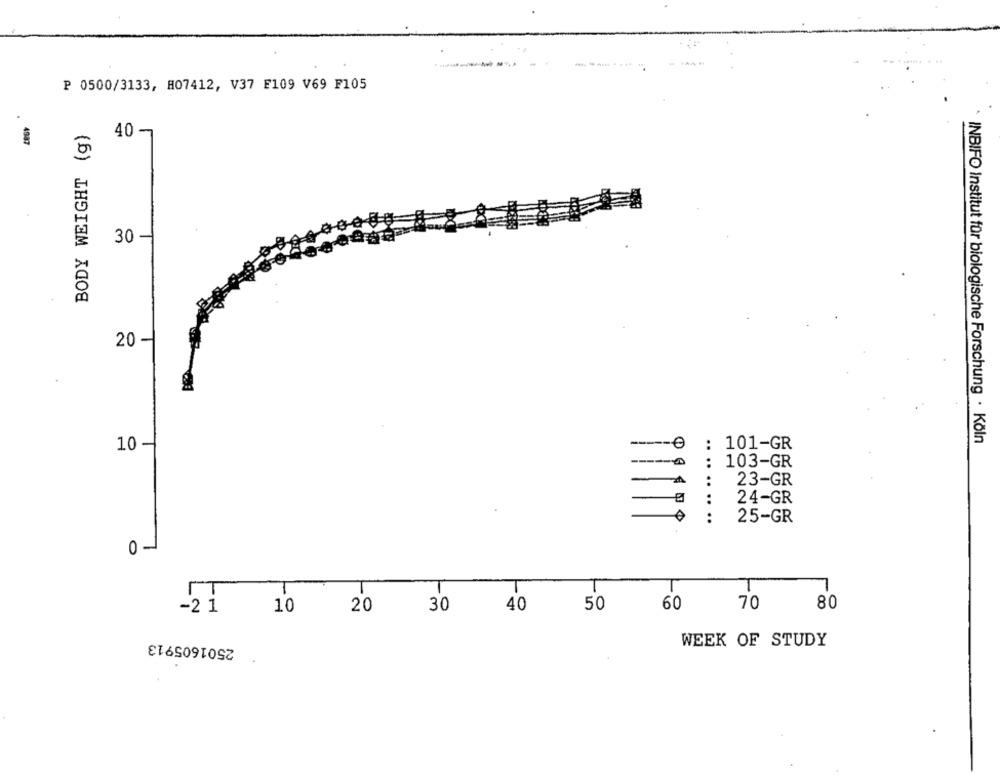
P 0500/3133, H07412, V37 F109 V69 F105
BODY WEIGHT (g)
40 -
4987
-
30 -
20 -
INBIFO Institut für biologische Forschung · Köln
10 -
: 101-GR
: 103-GR
-
23-GR
:
24-GR
:
25-GR
0 -
T
T
10
20
30
40
50
60
70
80
-2 1
2501605913
WEEK OF STUDY